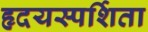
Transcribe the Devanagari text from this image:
हृदयस्पर्शिता